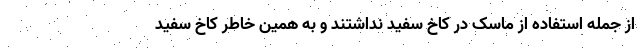
از جمله استفاده از ماسک در کاخ سفید نداشتند و به همین خاطر کاخ سفید